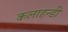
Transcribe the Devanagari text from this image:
कलाहन्डी